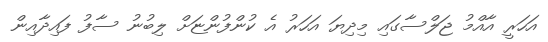
އަހަރީ އާއްމު ޖަލްސާގައި މިދިޔަ އަހަރު އެ ކުންފުންޏަށް ލިބުނު ސާފު ފައިދާއިން